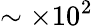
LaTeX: \sim\times 10^{2}